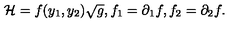
{ \cal H } = f ( y _ { 1 } , y _ { 2 } ) \sqrt { g } , f _ { 1 } = \partial _ { 1 } f , f _ { 2 } = \partial _ { 2 } f .